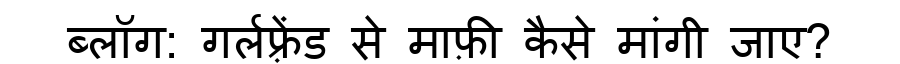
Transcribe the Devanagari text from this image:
ब्लॉग: गर्लफ़्रेंड से माफ़ी कैसे मांगी जाए?